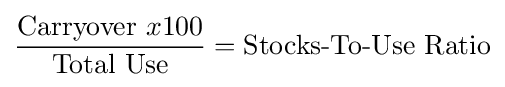
{\frac {{\text{Carryover }}x100}{\text{Total Use}}}={\text{Stocks-To-Use Ratio}}